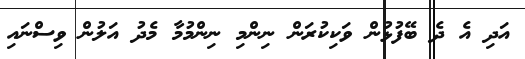
އަދި އެ ދެ ބޭފުޅުން ވަކިކުރަން ނިންމި ނިންމުމާ މެދު އަލުން ވިސްނައި